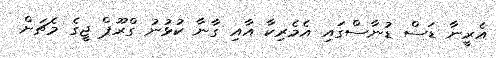
އެރީނާ ޑަސް ޑުނާސްގައި އެމެރިކާ އާއި ގާނާ ކުޅުނު ގްރޫޕް ޖީގެ މެޗަށް